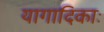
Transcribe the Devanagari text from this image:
यागादिकाः